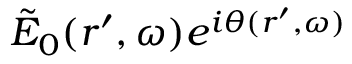
\tilde { E } _ { 0 } ( r ^ { \prime } , \omega ) e ^ { i \theta ( r ^ { \prime } , \omega ) }